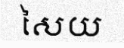
សៃយ